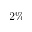
2 \%